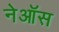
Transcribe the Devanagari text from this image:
नेऑस